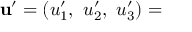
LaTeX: \mathbf { u ^ { \prime } } = ( u _ { 1 } ^ { \prime } , \ u _ { 2 } ^ { \prime } , \ u _ { 3 } ^ { \prime } ) =